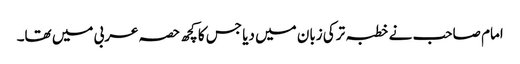
امام صاحب نے خطبہ ترکی زبان میں دیا جس کا کچھ حصہ عربی میں تھا۔